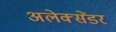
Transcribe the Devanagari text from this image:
अलेक्सेंडर